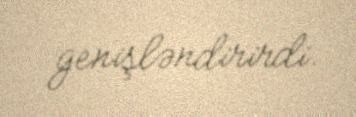
genişləndirirdi.